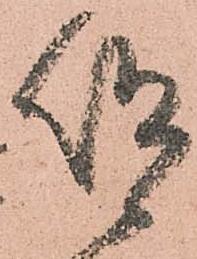
仰